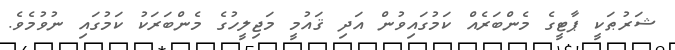
ޝަރުޠަކީ ޕާޓީގެ މެންބަރެއް ކަމުގައިވުން އަދި ޤައުމީ މަޖިލީހުގެ މެންބަރަކު ކަމުގައި ނުވުމެވެ.